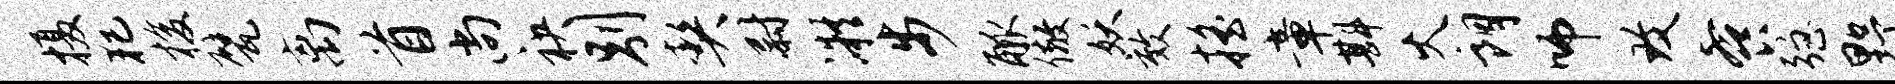
摄犯梭甓离首尚袂别契尉凝步觚儆妖效摇章斟火朗师致餐强野